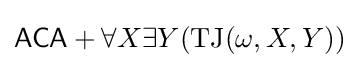
{\mathsf {ACA}}+\forall X\exists Y({\textrm {TJ}}(\omega ,X,Y))